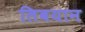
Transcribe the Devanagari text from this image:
लिबयान